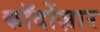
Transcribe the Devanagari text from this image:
कॉर्दोज़ार